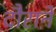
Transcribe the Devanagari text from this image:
दौराने